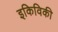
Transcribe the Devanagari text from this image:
इकिविकी